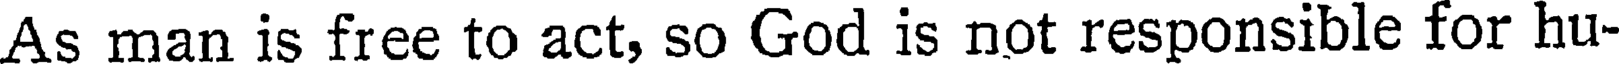
As man is free to act, so God is not responsible for hu-